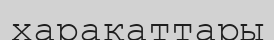
харакаттары